Problem: 6 × 3 = ?
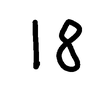
Handwritten answer: 18